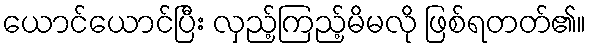
ယောင်ယောင်ပြီး လှည့်ကြည့်မိမလို ဖြစ်ရတတ်၏။